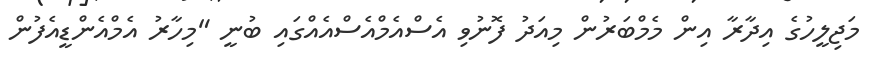
މަޖިލީހުގެ އިދާރާ އިން މެމްބަރުން މިއަދު ފޮނުވި އެސްއެމްއެސްއެއްގައި ބުނީ "މިހާރު އެމްއެންޑީއެފުން